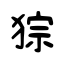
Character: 猔